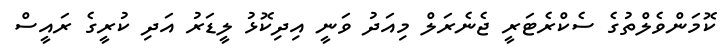
ކޮމަންވެލްތުގެ ސެކްރެޓަރީ ޖެނެރަލް މިއަދު ވަނީ އިދިކޮޅު ލީޑަރު އަދި ކުރީގެ ރައީސް